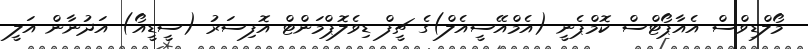
މޯލްޑިވްސް އެއާޕޯޓްސް ކޮމްޕެނީ (އެމްއޭސީއެލް)ގެ ޗީފް ޑިވެލޮޕްމަންޓް އޮފިސަރު (ސީޑީއޯ) އަދުނާން އަލީ